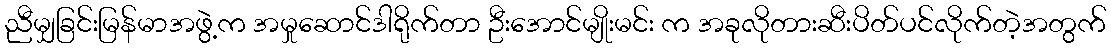
ညီမျှခြင်းမြန်မာအဖွဲ့က အမှုဆောင်ဒါရိုက်တာ ဦးအောင်မျိုးမင်း က အခုလိုတားဆီးပိတ်ပင်လိုက်တဲ့အတွက်